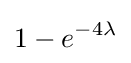
1-e^{-4\lambda }